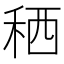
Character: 䄽